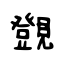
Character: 覴